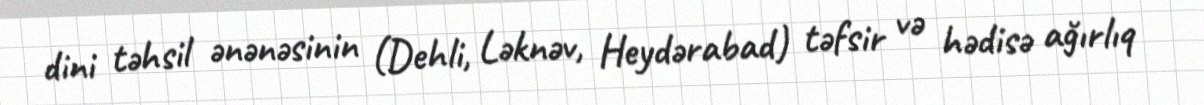
dini təhsil ənənəsinin (Dehli, Ləknəv, Heydərabad) təfsir və hədisə ağırlıq